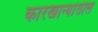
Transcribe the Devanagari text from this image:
कारखान्यांतील